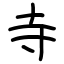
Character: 寺